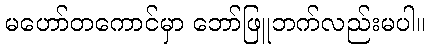
မဟော်တကောင်မှာ ဘော်ဖြူဘက်လည်းမပါ။